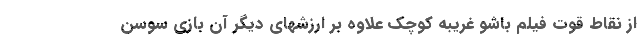
از نقاط قوت فيلم باشو غريبه کوچک علاوه بر ارزشهاي ديگر آن بازي سوسن